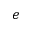
\boldsymbol { e }